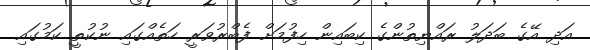
އަދި އޭގެ ބަދަލު ރައްޔިތުންގެ ކިބައިން ހިފުމަށް ފެބްރުވަރީ ހަތެއްގައި ނުކުތީ ކަމުގައި